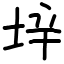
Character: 垶